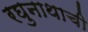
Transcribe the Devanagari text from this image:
रघुनाथाची